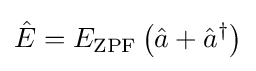
{\hat {E}}=E_{\text{ZPF}}\left({\hat {a}}+{\hat {a}}^{\dagger }\right)